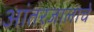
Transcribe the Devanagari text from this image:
आंतरजालाचे